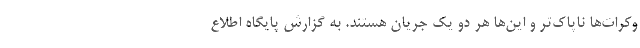
وکرات‌ها ناپاک‌تر و این‌ها هر دو یک جریان هستند. به گزارش پایگاه اطلاع